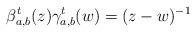
LaTeX: \begin{align*} \beta^t_{a,b} (z) \gamma^t_{a,b}(w) = (z-w)^{-1}\end{align*}